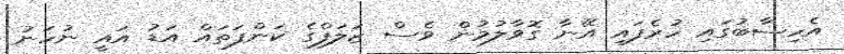
އެހިސާބުގައި ހުރެފައި އޭނާ ގޮވާލުމުން ވެސް ޒަލަފްގެ ކަންފަތައް އަޑު އައީ ނުހަނު